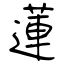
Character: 蓮